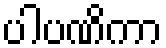
ပါပဏိကာ